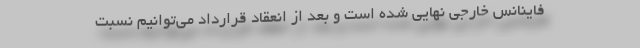
فاینانس خارجی نهایی شده است و بعد از انعقاد قرارداد می‌توانیم نسبت